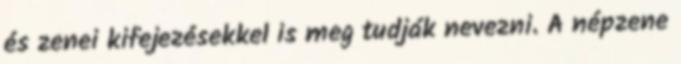
és zenei kifejezésekkel is meg tudják nevezni. A népzene